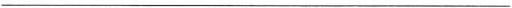
___